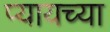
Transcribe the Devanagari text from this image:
प्यायच्या